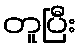
တူပြီး